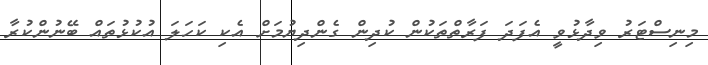
މިނިސްޓަރު ވިދާޅުވީ އެފަދަ ފަރާތްތަކުން ކުދިން ގެންދިޔުމަށް އެކި ކަހަލަ އުކުޅުތައް ބޭނުންކުރާ